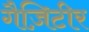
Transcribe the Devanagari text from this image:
गैज़िटीर